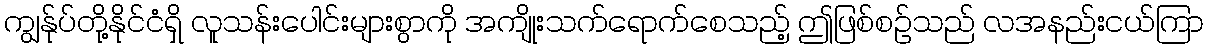
ကျွန်ုပ်တို့နိုင်ငံရှိ လူသန်းပေါင်းများစွာကို အကျိုးသက်ရောက်စေသည့် ဤဖြစ်စဉ်သည် လအနည်းငယ်ကြာ